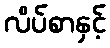
လိပ်စာနှင့်